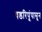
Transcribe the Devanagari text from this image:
षडरिपूंपासून